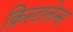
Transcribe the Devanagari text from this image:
क्रिस्टालेन्स